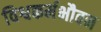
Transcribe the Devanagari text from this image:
विश्वकर्मभौवन